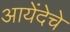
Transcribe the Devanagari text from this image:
आयेंदेचे